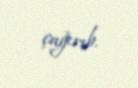
çağırıb.